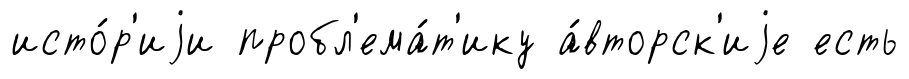
исто́р'иjи пробл'ема́т'ику а́вторск'иjе есть